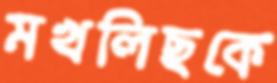
মখলিছকে